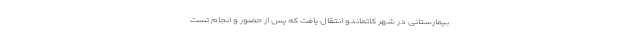
بیمارستانی در شهر کاتماندو انتقال یافت که پس از حضور و انجام تست